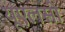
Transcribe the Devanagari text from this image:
यूएलसी